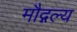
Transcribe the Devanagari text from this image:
मौद्गल्य